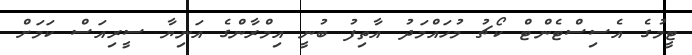
ޓީމުގެ އެސިސްޓެންޓް ކޯޗު މުހައްމަދު އާތިފު ބުނީ އިމްރާންގެ އަނިޔާ ސީރިއަސް ކަމަށް